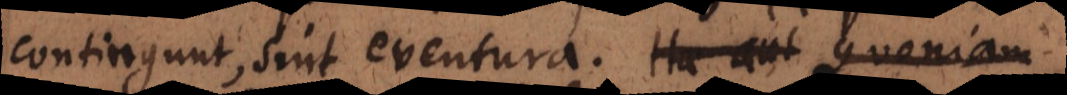
contingunt, sint eventura. Hae aut Quoniam